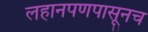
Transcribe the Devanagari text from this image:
लहानपणपासूनच